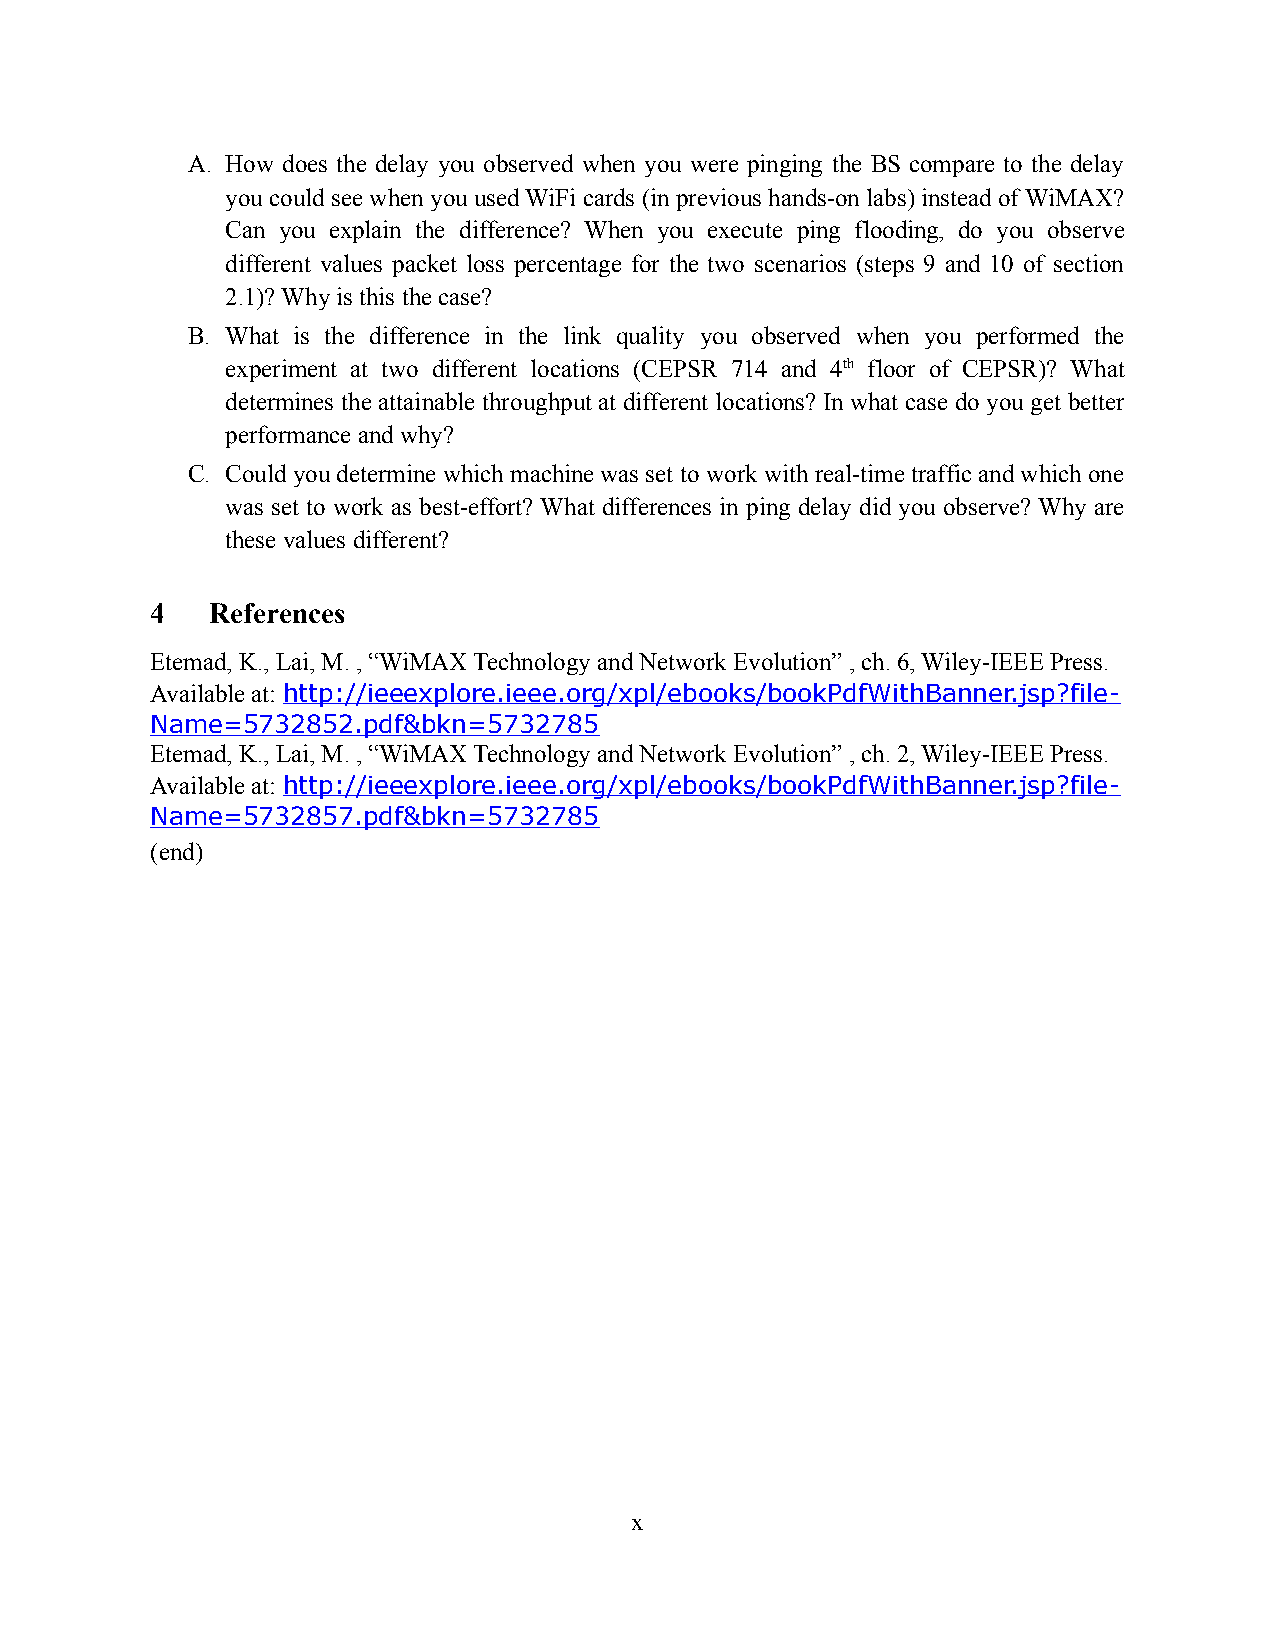
A. How does the delay you observed when you were pinging the BS compare to the delay
 you could see when you used WiFi cards (in previous hands-on labs) instead of WiMAX?
 Can you explain the difference? When you execute ping flooding, do you observe
 different values packet loss percentage for the two scenarios (steps 9 and 10 of section
 2.1)? Why is this the case?
 B. What is the difference in the link quality you observed when you performed the
 experiment at two different locations (CEPSR 714 and 4th floor of CEPSR)? What
 determines the attainable throughput at different locations? In what case do you get better
 performance and why?
 C. Could you determine which machine was set to work with real-time traffic and which one
 was set to work as best-effort? What differences in ping delay did you observe? Why are
 these values different?
 4   References
 Etemad, K., Lai, M. , “WiMAX Technology and Network Evolution” , ch. 6, Wiley-IEEE Press.
 Available at: http://ieeexplore.ieee.org/xpl/ebooks/bookPdfWithBanner.jsp?file-
 Name=5732852.pdf&bkn=5732785
 Etemad, K., Lai, M. , “WiMAX Technology and Network Evolution” , ch. 2, Wiley-IEEE Press.
 Available at: http://ieeexplore.ieee.org/xpl/ebooks/bookPdfWithBanner.jsp?file-
 Name=5732857.pdf&bkn=5732785
 (end)
 x